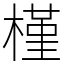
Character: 槿